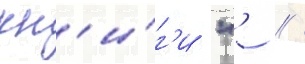
кн'и́г'и "'